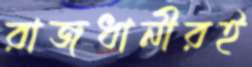
রাজধানীরই